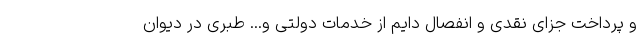
و پرداخت جزای نقدی و انفصال دایم از خدمات دولتی و... طبری در دیوان